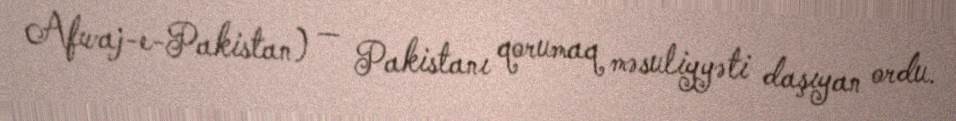
Afwaj-e-Pakistan) — Pakistanı qorumaq məsuliyyəti daşıyan ordu.